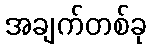
အချက်တစ်ခု